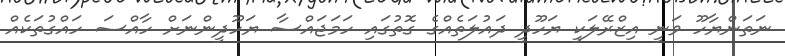
ނަތަންޔާހޫ ވަނީ އިޒްރޭލަކީ ޔަހޫދީ ދައުލަތެއްގެ ގޮތުގައި ހަމަޖައްސާ ޔަހޫދީންނަށް ހާއްސަ ހައްގުތަކެއް